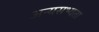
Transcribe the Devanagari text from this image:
अन्यसभ्यता